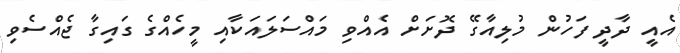
އެއީ ދާދީ ފަހުން މުލިއާގޭ ދޮށަށް އެއްވި މައްސަލައަކާއި މީހެއްގެ ގައިގާ ޖެއްސެވި